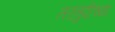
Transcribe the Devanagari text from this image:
तरतुदीच्या